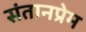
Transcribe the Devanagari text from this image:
संतानप्रेम